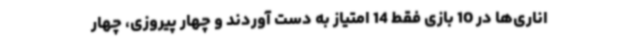
اناری‌ها در 10 بازی فقط 14 امتیاز به دست آوردند و چهار پیروزی، چهار